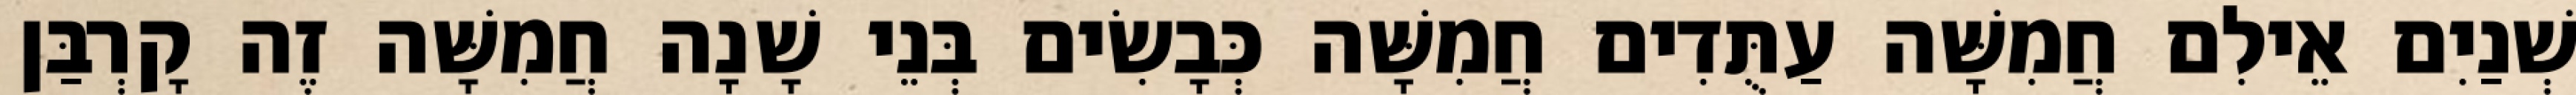
שְׁנַיִם אֵילִם חֲמִשָּׁה עַתֻּדִים חֲמִשָּׁה כְּבָשִׂים בְּנֵי שָׁנָה חֲמִשָּׁה זֶה קָרְבַּן